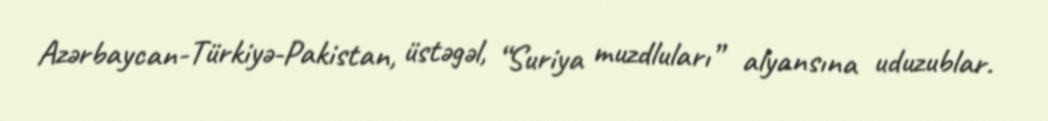
Azərbaycan-Türkiyə-Pakistan, üstəgəl, “Suriya muzdluları” alyansına uduzublar.